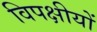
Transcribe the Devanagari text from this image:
विपक्षीयों